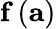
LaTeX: \mathbf{f}\left(\mathbf{a}\right)